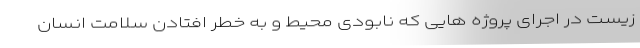
زیست در اجرای پروژه هایی که نابودی محیط و به خطر افتادن سلامت انسان